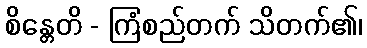
စိန္တေတိ - ကြံစည်တက် သိတက်၏၊